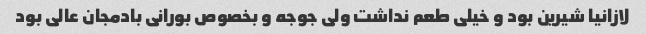
لازانیا شیرین بود و خیلی طعم نداشت ولی جوجه و بخصوص بورانی بادمجان عالی بود